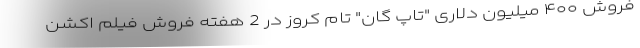
فروش ۴۰۰ میلیون دلاری "تاپ گان" تام کروز در 2 هفته فروش فیلم اکشن